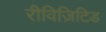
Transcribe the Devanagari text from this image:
रीविज़िटिड